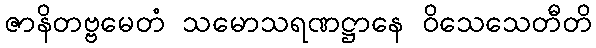
ဇာနိတဗ္ဗမေတံ သမောသရဏဋ္ဌာနေ ဝိသေသေတီတိ